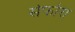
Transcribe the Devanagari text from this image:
सेफोरा